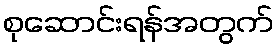
စုဆောင်းရန်အတွက်